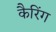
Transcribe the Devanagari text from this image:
कैरिंग